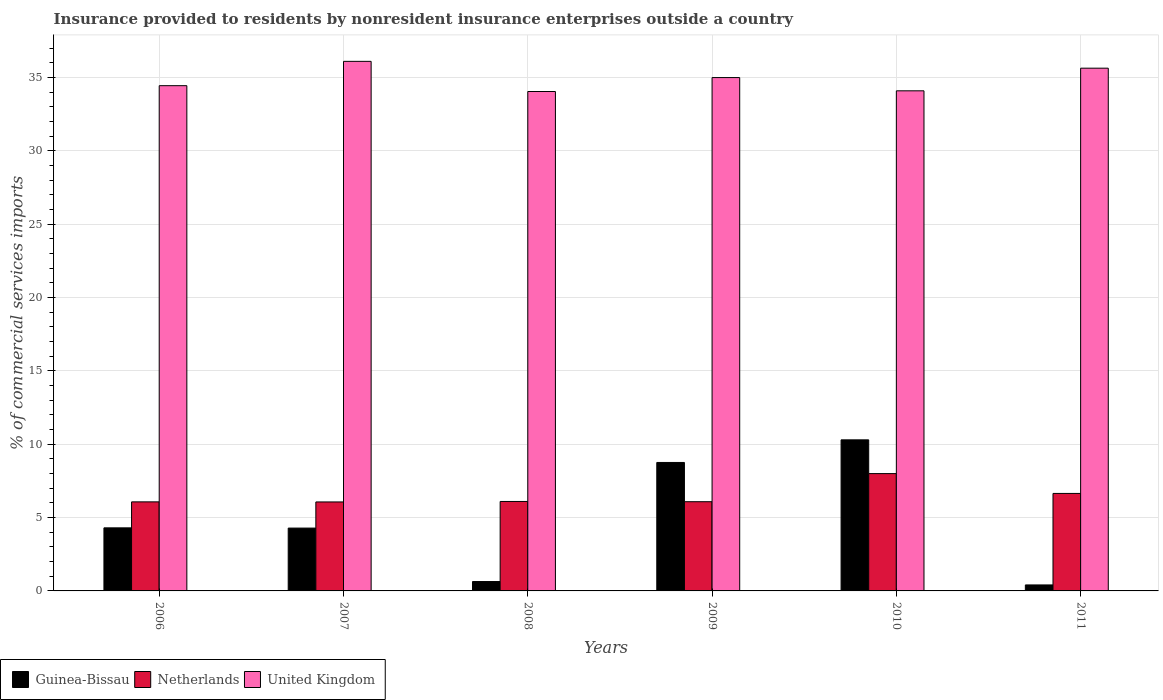
| Years | Guinea-Bissau | Netherlands | United Kingdom |
 | --- | --- | --- | --- |
 | 2006 | 4.3 | 6.07 | 34.4 |
 | 2007 | 4.28 | 6.06 | 36.1 |
 | 2008 | 0.64 | 6.1 | 34 |
 | 2009 | 8.76 | 6.08 | 35 |
 | 2010 | 10.3 | 8 | 34.1 |
 | 2011 | 0.408 | 6.65 | 35.6 |